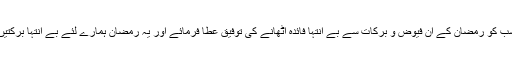
اللہ تعالیٰ ہم سب کو رمضان کے ان فیوض و برکات سے بے انتہا فائدہ اٹھانے کی توفیق عطا فرمائے اور یہ رمضان ہمارے لئے بے انتہا برکتیں لے کر آئے۔